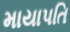
માયાપતિ